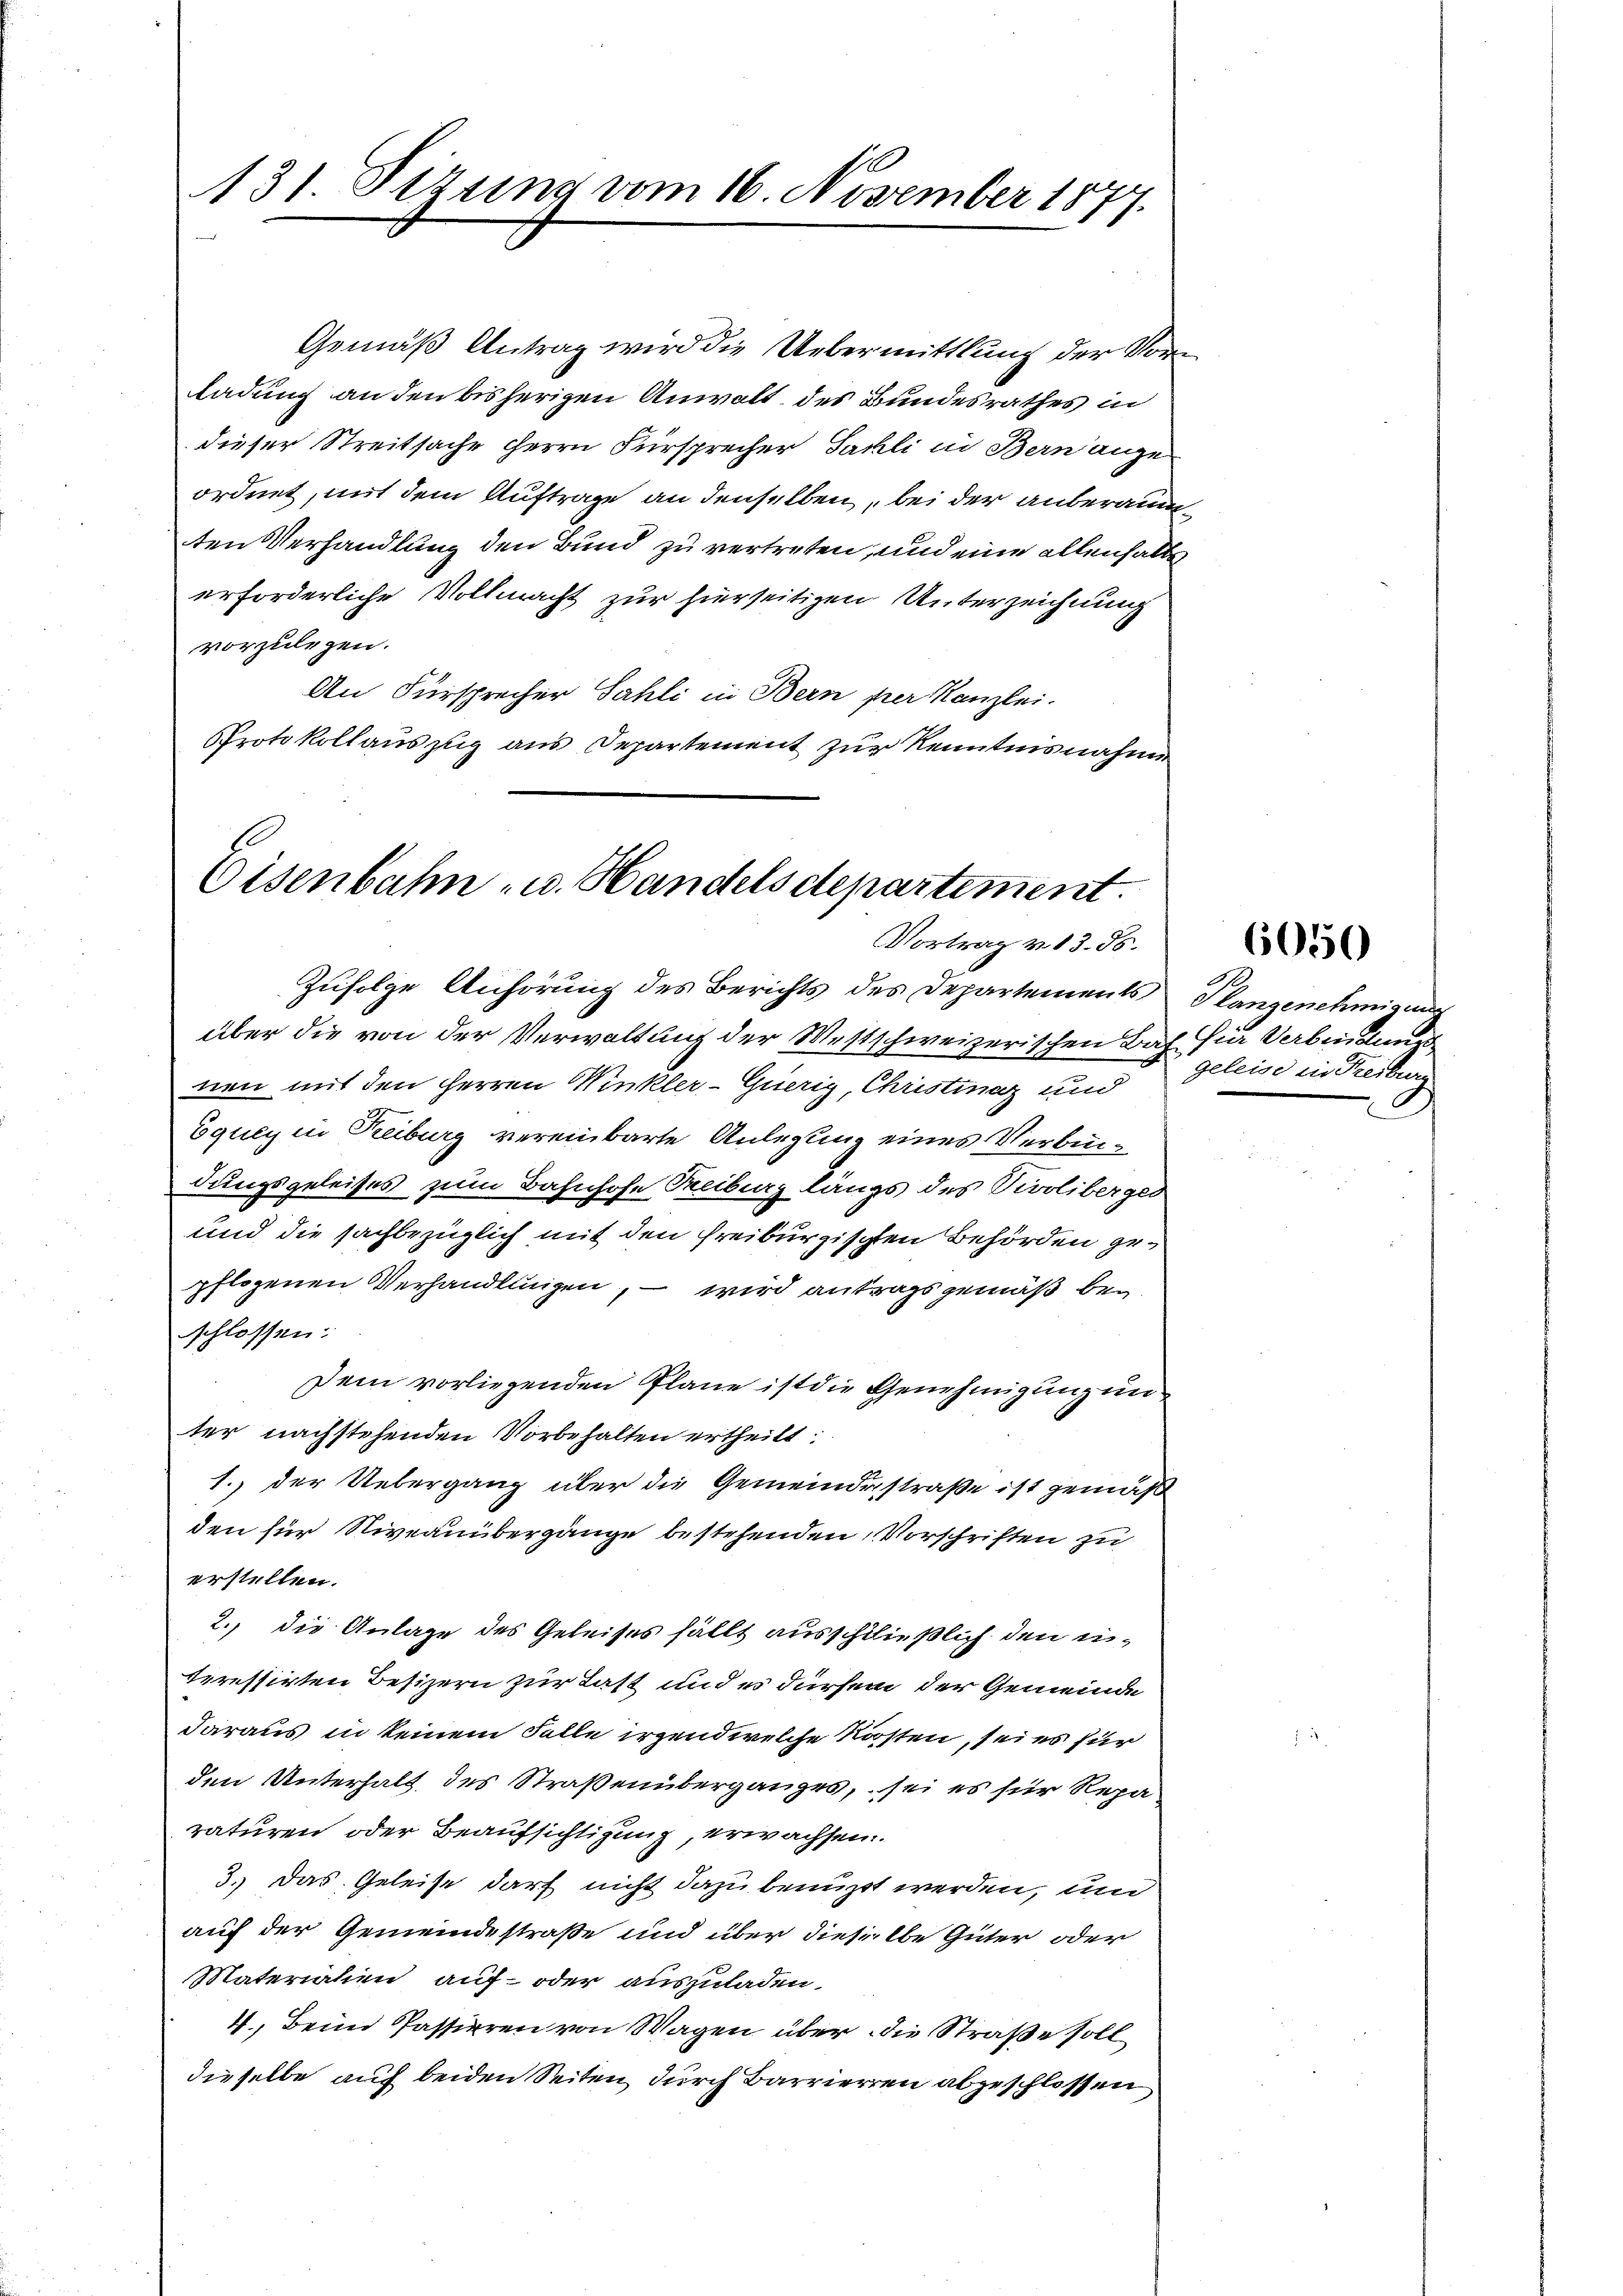
Gemäß Antrag wird die Uebermittlung der Vorladung an den bisherigen Anwalt des Bundesrathes in
dieser Streitsache Herrn Fürsprecher Sahli in Bern ange
ordnet, mit dem Auftrage an denselben, bei der anberaumten Verhandlung den Bund zu vertreten, und eine allenfalls
erforderliche Vollmacht zur hierseitigen Unterzeichnung
vorzulegen.
An Fürsprecher Sahli in Bern per Kanzlei.
Protokollauszug aus Departement zur Kenntnisnahme

A
131. Sitzung vom 16. November 1877.

Eisenbahn- u. Handelsdepartement.
Vortrag v. 13. 85.

Zufolge Anhörung des Berichts des Departements,
über die von der Verwaltung der Westschweizerischen Bach für Verbindung
nen mit den Herren Winkler-Guerig, Christina und
Equey in Reiburg vereinbarte Anlegung eines Verbindungsgeleises zum Bahnhofe Treiburg längs des Tivoliberges
und die sachbezüglich mit den freiburgischen Behörden gepflogenen Verhandlungen, – wird antragsgemäß bei
schlossen:
Dein vorliegenden Pläne ist die Genehmigung un
ter nachstehenden Vorbehalten ertheilt:
1. der Uebergang über die Gemeindesstraße ist gemäß
den für Niveauübergänge bestehenden Vorschriften zu
erstellen.
2., die Anlage des Geleises fällt ausschließlich den eiteressirten Besizern zur Last und es dürfen der Gemeinde
daraus in keinem Falle irgend welche Körsten, sei es für
den Unterhalt des Straßenüberganges, sei es für Reparaturen oder Beaufsichtigung, erwachsen.
3.) Das Geleise darf nicht dazu benuzt werden, und
auf der Gemeindestraße und über dieselbe Güter oder
Materialien, auf oder auszuladen.
4, Beim Passieren von Wagen über die Straße soll
dieselbe auf beiden Seiten, durch Barrieren abgeschlossen

.
Klangenehmigung
geleise in Freiburg

6050